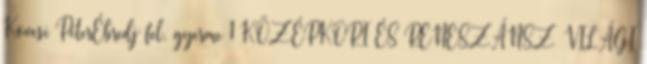
Kövesi PéterÉbredj fel, gyerme 1 KÖZÉPKORI ÉS RENESZÁNSZ VILÁGI